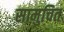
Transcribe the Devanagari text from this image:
सामुचित